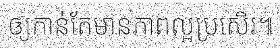
ឲ្យកាន់តែមានភាពល្អប្រសើរ៕